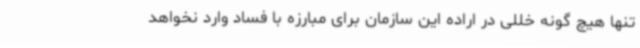
تنها هیچ گونه خللی در اراده این سازمان برای مبارزه با فساد وارد نخواهد